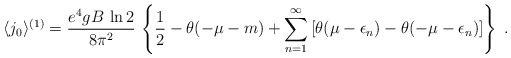
\begin{align*}\langle j_0\rangle^{(1)}=\frac{e^4gB\,\ln 2}{8\pi^2}\,\left\{ \frac{1}{2}-\theta(-\mu-m)+\sum_{n=1}^{\infty} \left[ \theta(\mu-\epsilon_n)-\theta(-\mu-\epsilon_n) \right]\right\} \; .\end{align*}